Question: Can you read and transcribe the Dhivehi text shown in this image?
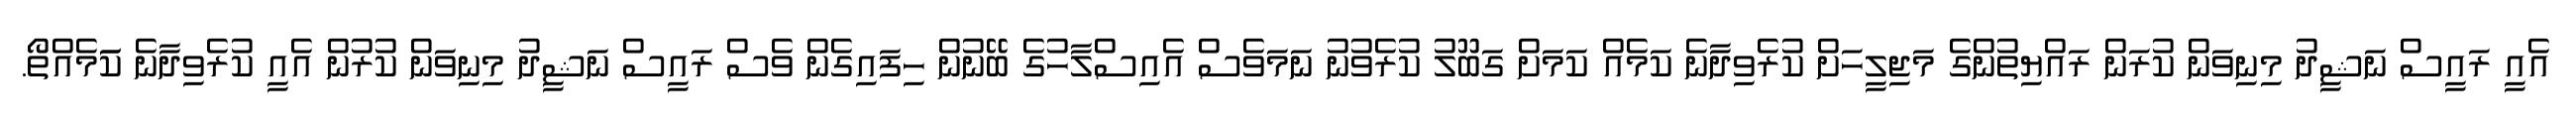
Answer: އެއީ ރައީސް ނަޝީދު މިނިވަން ކުރަން ރައްޔިތުންގެ މަޖިލީހަށް ކުރެވިދާނެ ކަމެއް ކަމަށް ގަބޫލު ކުރެވުނު ނަމަވެސް އެއިސްލާހުގެ ބޭނުން ހިފައިގެން ވެސް ރައީސް ނަޝީދު މިނިވަން ކުރުން އެއީ ކުރެވިދާނެ ކަަމެއްތޯ.